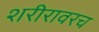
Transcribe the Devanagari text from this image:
शरीरावरच